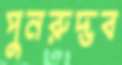
পুনরুদ্ভব